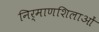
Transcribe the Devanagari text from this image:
निर्माणशिलाओं